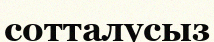
сотталусыз